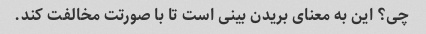
چی؟ این به معنای بریدن بینی است تا با صورتت مخالفت کند.